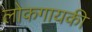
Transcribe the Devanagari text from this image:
लोकगायकी